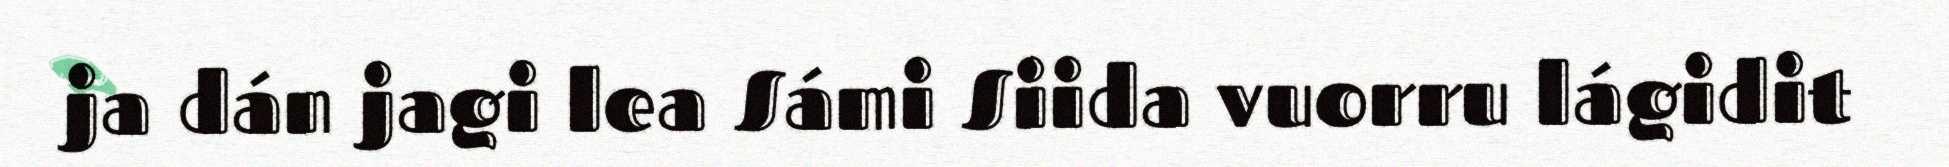
ja dán jagi lea Sámi Siida vuorru lágidit